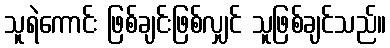
သူရဲကောင်း ဖြစ်ချင်းဖြစ်လျှင် သူဖြစ်ချင်သည်။